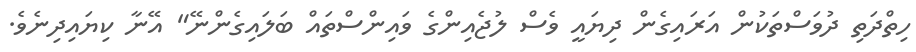
ހިތްދަތި ދުވަސްތަކުން އަރައިގެން ދިޔައީ ވެސް ލުޖެއިންގެ ވައިންސްތައް ބަލައިގެންނޭ" އޭނާ ކިޔައިދިނެވެ.